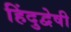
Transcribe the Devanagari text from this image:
हिंदुद्वेषी